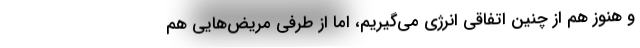
و هنوز هم از چنین اتفاقی انرژی می‌گیریم، اما از طرفی مریض‌هایی هم